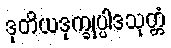
ဒုတိယဒုက္ခုပ္ပါဒသုတ္တံ